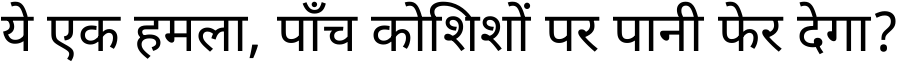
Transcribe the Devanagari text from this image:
ये एक हमला, पाँच कोशिशों पर पानी फेर देगा?